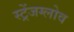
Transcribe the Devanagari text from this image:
स्ट्रेंजग्लोव